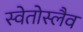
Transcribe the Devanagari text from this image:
स्वेतोस्लैव